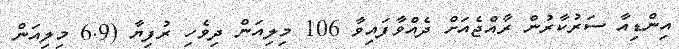
އިންޑިއާ ސަރުކާރުން ރާއްޖެއަށް ދެއްވާފައިވާ 106 މިލިއަން ދިވެހި ރުފިޔާ (6.9 މިލިއަން